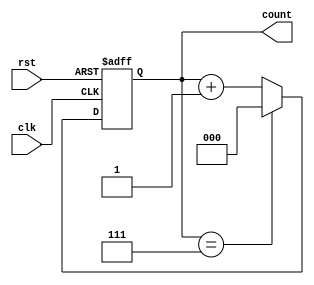
module up_counter_moore (
    input wire clk,      // Clock signal
    input wire rst,      // Asynchronous reset signal
    output reg [2:0] count // 3-bit output for the current count value
);

// State transition on the rising edge of the clock
always @(posedge clk or posedge rst) begin
    if (rst) begin
        // Asynchronous reset: set count to 0
        count <= 3'b000;
    end else begin
        // Increment the count
        if (count == 3'b111) begin
            count <= 3'b000; // Wrap around to 0 when reaching max value
        end else begin
            count <= count + 1; // Increment count
        end
    end
end

endmodule